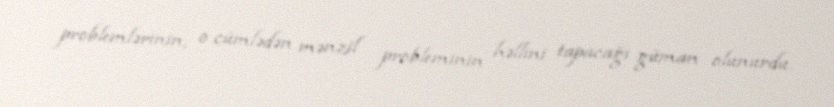
problemlərinin, o cümlədən mənzil probleminin həllini tapacağı güman olunurdu.